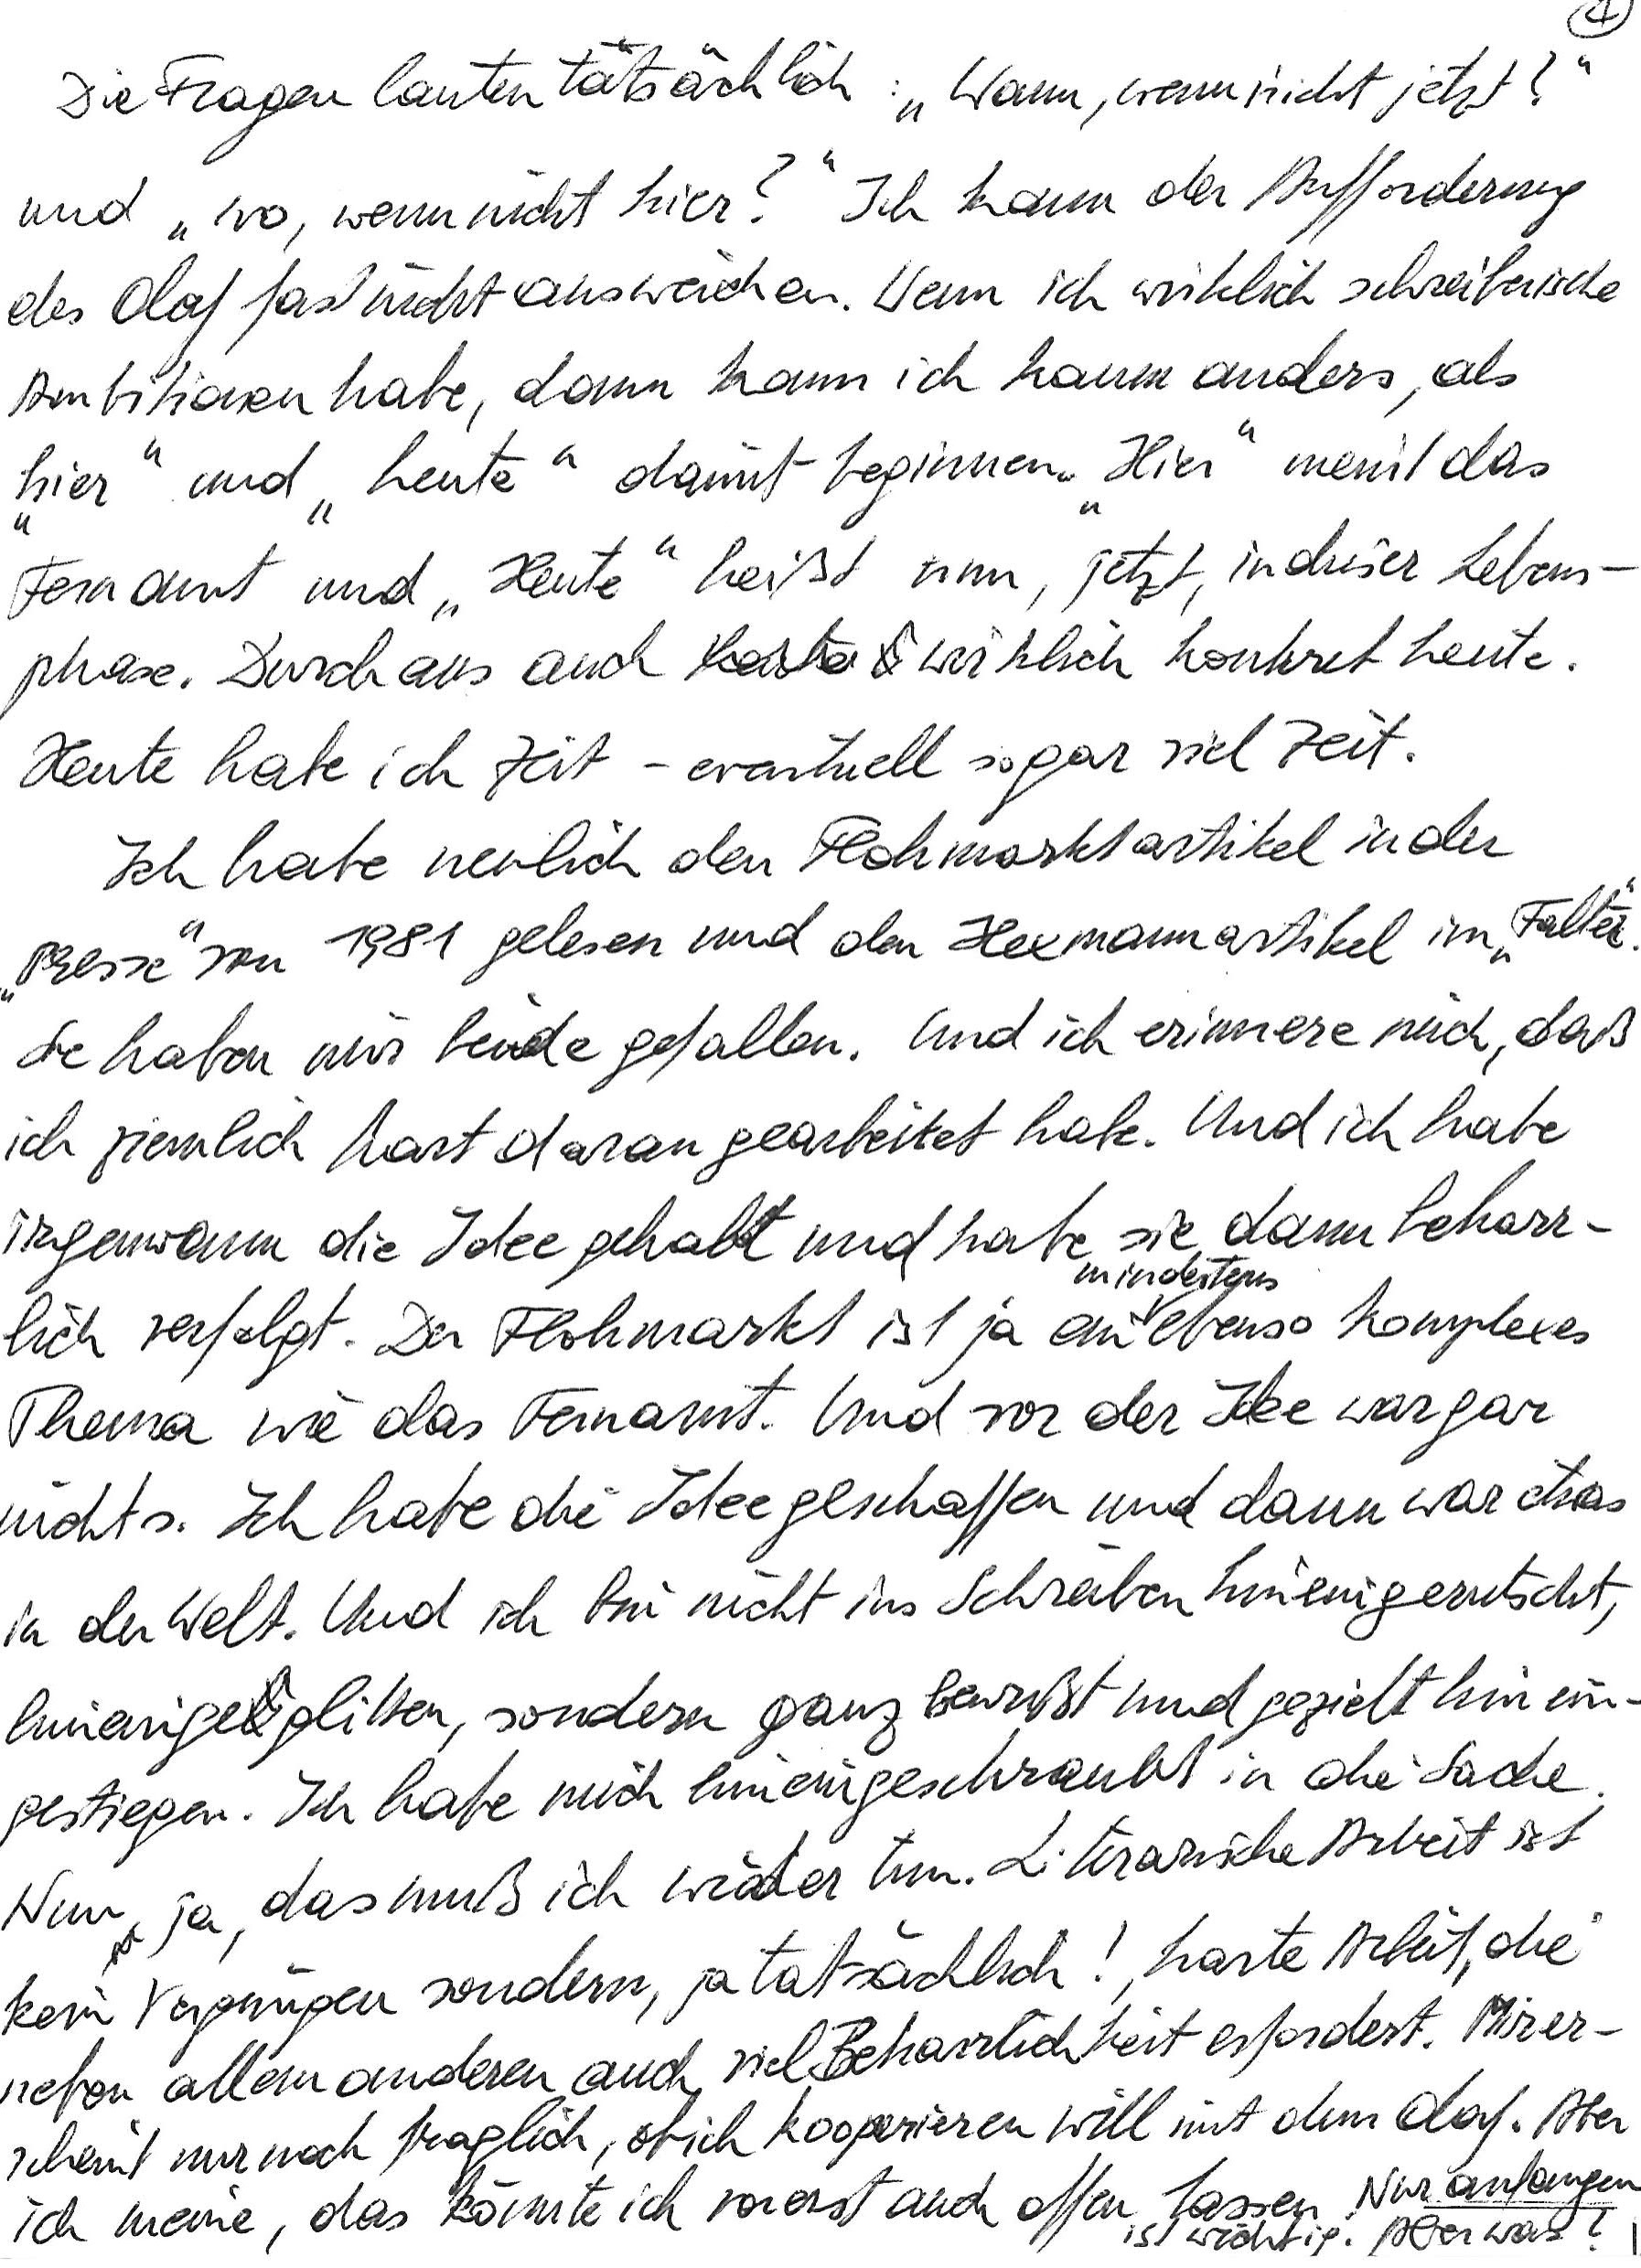
Die Fragen lauten tatsächlich: „Wann, wenn nicht jetzt?“
und „wo, wenn nicht hier?“ Ich kann der Aufforderung
des Olaf fast nicht ausweichen. Wenn ich wirklich schreiberische
Ambitionen habe, dann kann ich kaum anders, als
„hier“ und „heute“ damit beginnen. „Hier“ meint das
Fernamt und „Heute“ heißt nun, jetzt, in dieser Lebens-
phase. Durchaus auch wirklich konkret heute.
Heute habe ich Zeit – eventuell sogar viel Zeit.
Ich habe neulich den Flohmarktartikel in der
„Presse“ von 1981 gelesen und den Hexmannartikel im „Falter“.
Sie haben mir beide gefallen. Und ich erinnere mich, daß
ich ziemlich hart daran gearbeitet haben. Und ich habe
irgendwann die Idee gehabt und habe sie dann beharr-
lich verfolgt. Der Flohmarkt ist ja ein mindestens ebenso komplexes
Thema wie das Fernamt. Und vor der Idee war gar
nichts. Ich habe die Idee geschaffen und dann war etwas
in der Welt. Und ich bin nicht ins Schreiben hineingerutscht,
hineingeglitten, sondern ganz bewusst und gezielt hinein-
gestiegen. Ich habe mich hineingeschraubt in die Sache.
Nun ja, das muß ich wieder tun. Literarische Arbeit ist
kein Vergnügen sondern, ja tatsächlich!, harte Arbeit, die
neben allem anderen auch viel Beharrlichkeit erfordert. Mir er-
scheint nur noch fraglich, ob ich kooperieren will mit dem Olaf. Aber
ich meine, das könnte ich vorerst auch offen lassen. Nur anfangen
ist wichtig. Aber was?